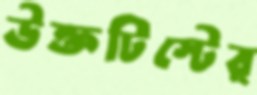
উক্তটিস্টের্